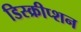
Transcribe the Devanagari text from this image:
डिस्क्रीप्शन